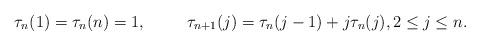
LaTeX: \begin{align*}\tau_n(1)&=\tau_n(n)=1, & \tau_{n+1}(j) &= \tau_n(j-1) +j \tau_n(j), 2\le j\le n.\end{align*}